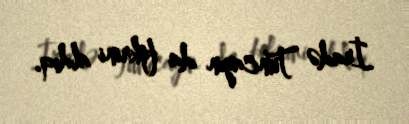
İradə Tuncayın da fikrini aldıq.